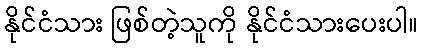
နိုင်ငံသား ဖြစ်တဲ့သူကို နိုင်ငံသားပေးပါ။